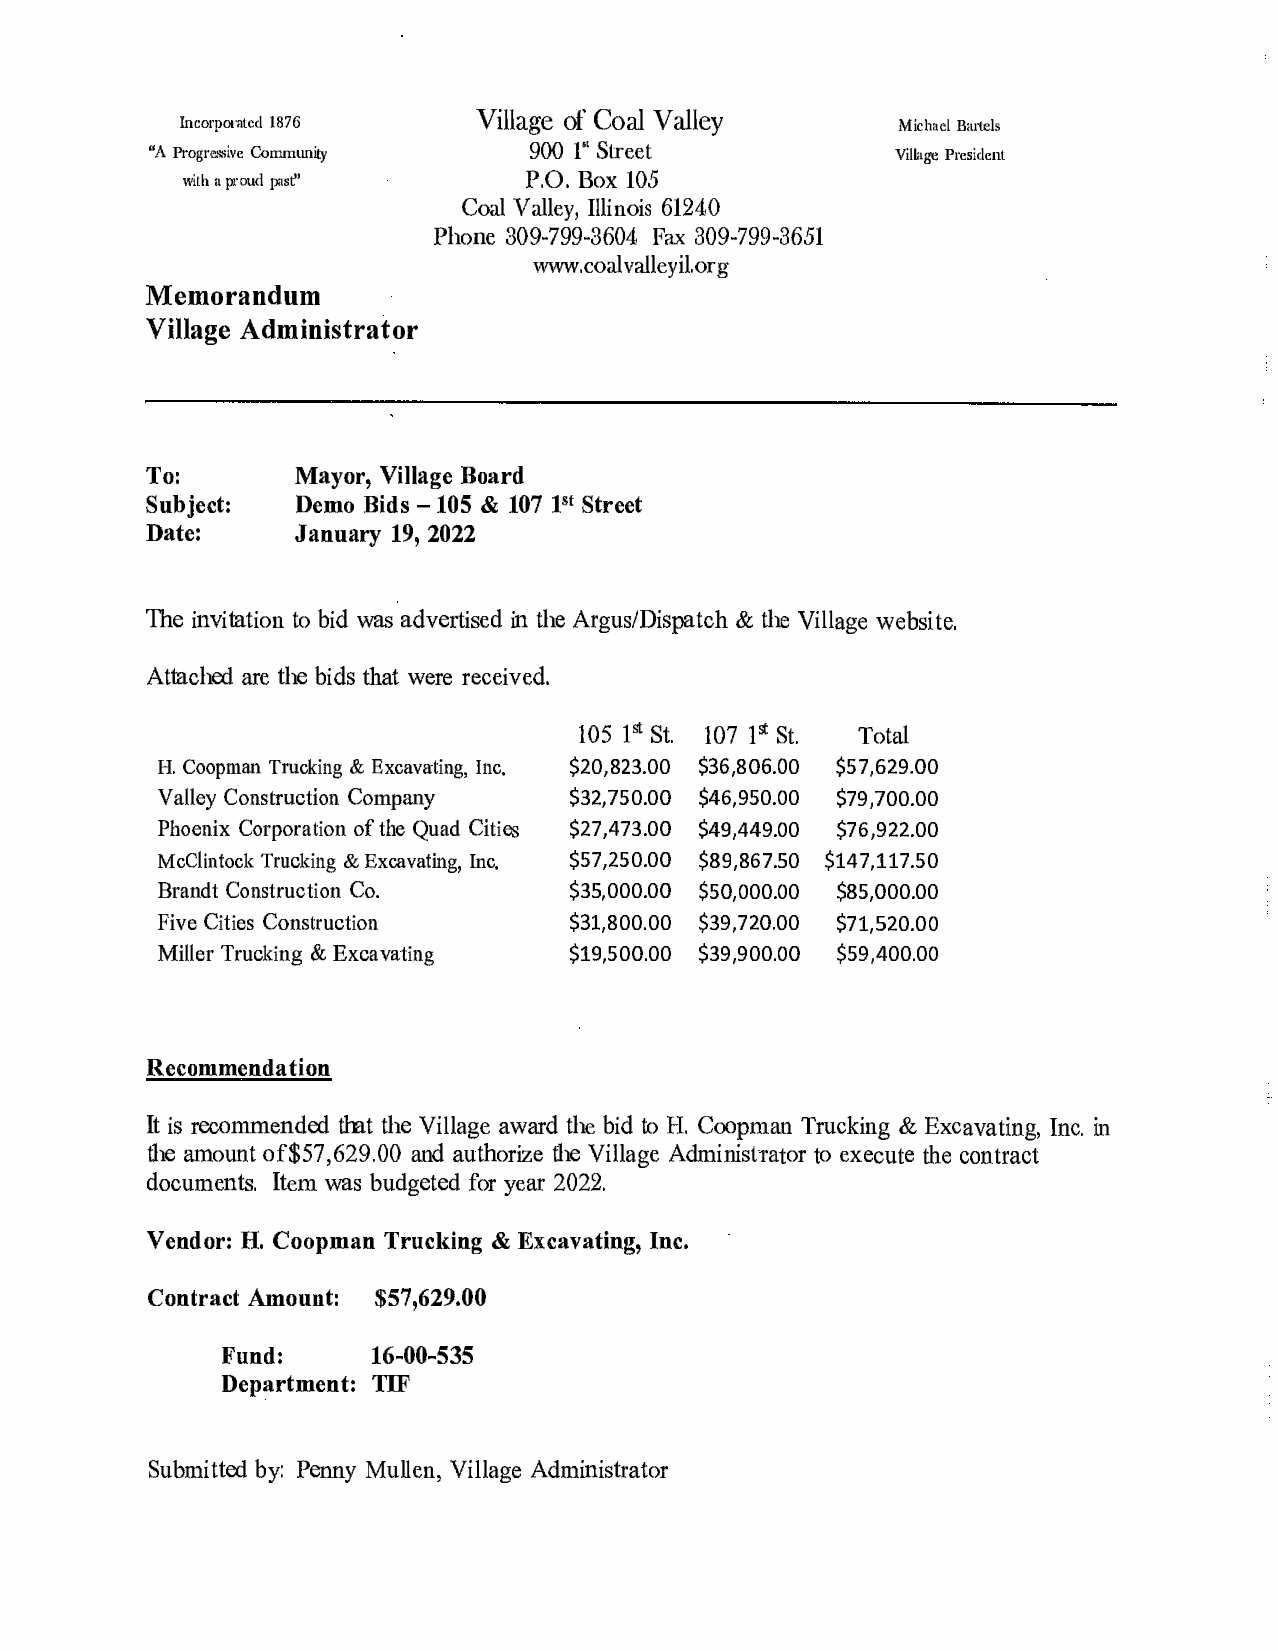
Incorporated 1876  Village of Coal Valley      Michael Bartels
 1"
 "A Progressive Community 900 Street              Village President
 with a proud past"     P.O. Box 105
 Coal Valley, Illinois 61240
 Fax
 Phone 309-799-3604 309-799-3651
 www.coalvalleyil.org
 Memorandum
 Village Administrator
 To:      Mayor, Village Board
 Subject: Demo Bids - 105 & 107 1'1 Street
 Date:    January 19, 2022
 The invitation to bid was advertised in the Argus/Dispatch & the Village website.
 Attached are the bids that were received.
 105 pt St. 107 pt St. Total
 H. Coopman Trucking & Excavating, Inc. $20,823.00 $36,806.00 $57,629.00
 Valley Construction Company $32,750.00 $46,950.00 $79,700.00
 Phoenix Corporation of the Quad Cities $27,473.00 $49,449.00 $76,922.00
 McClintock Trucking & Excavating, Inc. $57,250.00 $89,867.50 $147,117.50
 Brandt Construction Co.     $35,000.00 $50,000.00 $85,000.00
 Five Cities Construction    $31,800.00 $39,720.00 $71,520.00
 Miller Trucking & Excavating $19,500.00 $39,900.00 $59,400.00
 Recommendation
 It is recommended that the Village award the bid to H. Coopman Trucking & Excavating, Inc. in
 the amount of$57,629.00 and authorize the Village Administrator to execute the contract
 documents. Item was budgeted for year 2022.
 Vendor: H. Coopman Trucking & Excavating, Inc.
 Contract Amount: $57,629.00
 Fund:     16-00-535
 Department: TIF
 Submitted by: Penny Mullen, Village Administrator